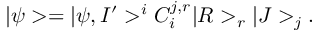
| \psi > = | \psi , I ^ { \prime } > ^ { i } C _ { i } ^ { j , r } | R > _ { r } | J > _ { j } .